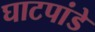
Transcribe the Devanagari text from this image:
घाटपांडे